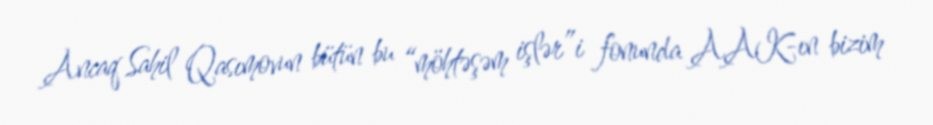
Ancaq Sahil Qasımovun bütün bu “möhtəşəm işlər”i fonunda AAK-ın bizim